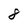
Character: 8